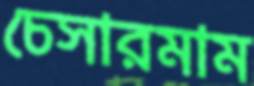
চেসারমাম